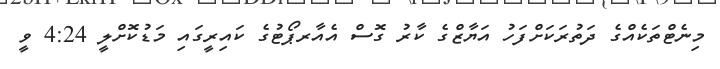
މިނެޓްތަކެއްގެ ދަތުރަކަށްފަހު އަޔާޒްގެ ކާރު ގޮސް އެއާރޕޯޓުގެ ކައިރީގައި މަޑުކޮށްލީ 4:24 ވީ